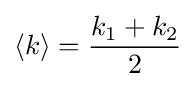
\langle k\rangle ={\frac {k_{1}+k_{2}}{2}}\,\!